Report of the Indian Hemp Drugs Commission, 1894-1895 - Volume VII
Year: 1894
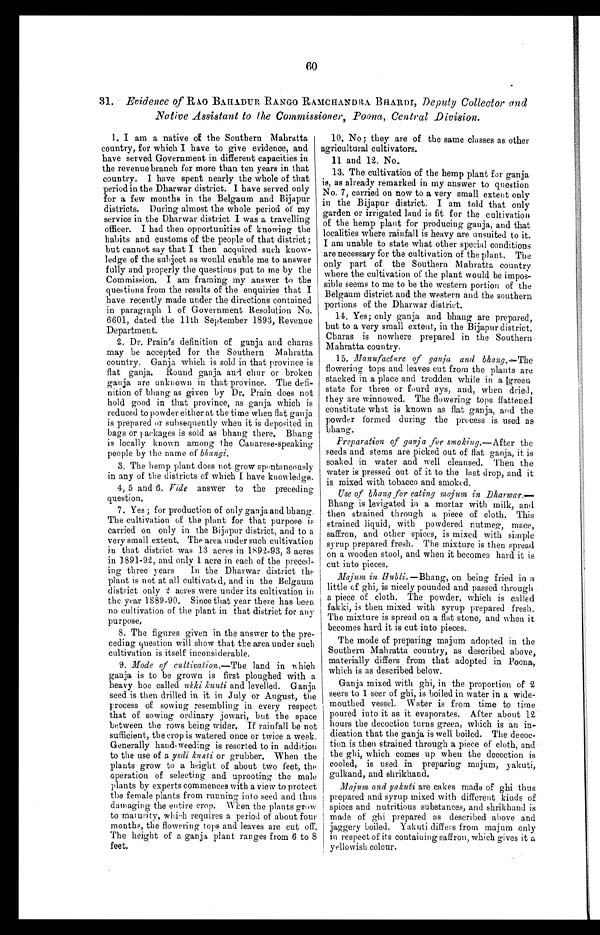
60
31. Evidence of RAO BAHADUR RANGO RAMCHANDRA BHARDI, Deputy Collector and
Native Assistant to the Commissioner, Poona, Central Division.
1. I am a native of the Southern Mahratta
country, for which I have to give evidence, and
have served Government in different capacities in
the revenue branch for more than ten years in that
country. I have spent nearly the whole of that
period in the Dharwar district. I have served only
for a few months in the Belgaum and Bijapur
districts. During almost the whole period of my
service in the Dharwar district I was a travelling
officer. I had then opportunities of knowing the
habits and customs of the people of that district;
but cannot say that I then acquired such know
-
ledge of the subject as would enable me to answer
fully and properly the questions put to me by the
Commission. I am framing my answer to the
questions from the results of the enquiries that I
have recently made under the directions contained
in paragraph 1 of Government Resolution No.
6601, dated the 11th September 1893, Revenue
Department.
2. Dr. Prain's definition of ganja and charas
may be accepted for the Southern Mahratta
country. Ganja which is sold in that province is
flat ganja. Round ganja and chur or broken
ganja are unknown in that province. The defi
-
nition of bhang as given by Dr. Prain does not
hold good in that province, as ganja which is
reduced to powder either at the time when flat ganja
is prepared or subsequently when it is deposited in
bags or packages is sold as bhang there. Bhang
is locally known among the Canarese-speaking
people by the name of bhangi.
3 . T h e h e m p p l a n t d o e s n o t g r o w s p o n t a n e o u s l y
in any of the districts of which I have knowledge.
4, 5 and 6. Vide answer to the preceding
question.
7. Yes; for production of only ganja and bhang.
The cultivation of the plant for that purpose is
carried on only in the Bijapur district, and to a
very small extent. The area under such cultivation
in that district was 13 acres in 1892-93, 3 acres
in 1891-92, and only 1 acre in each of the preced
-
ing three years In the Dharwar district the
plant is not at all cultivated, and in the Belgaum
district only 2 acres were under its cultivation in
the year 1889-90. Since that year there has been
no cultivation of the plant in that district for any
purpose.
8. The figures given in the answer to the pre
-
ceding question will show that the area under such
cultivation is itself inconsiderable.
9. Mode of cultivation .—The land in which
ganja is to be grown is first ploughed with a
heavy hoe called ukki kunti and levelled. Ganja
seed is then drilled in it in July or August, the
process of sowing resembling in every respect
that of sowing ordinary jowari, but the space
between the rows being wider. If rainfall be not
sufficient, the crop is watered once or twice a week
Generally hand-weeding is resorted to in addition
to the use of a yedi kunti or grubber. When the
plants grow to a height of about two feet, the
operation of selecting and uprooting the male
plants by experts commences with a view to protect
the female plants from running into seed and thus
damaging the entire crop. When the plants grow
to maturity, which requires a period of about foul
months, the flowering tops and leaves are cut off
The height of a ganja plant ranges from 6 to
feet.
10. No; they are of the same classes as other
agricultural cultivators.
11 and 12. No.
13. The cultivation of the hemp plant for ganja
is, as already remarked in my answer to question
No. 7, carried on now to a very small extent only
in the Bijapur district. I am told that only
garden or irrigated land is fit for the cultivation
of the hemp plant for producing ganja, and that
localities where rainfall is heavy are unsuited to it.
I am unable to state what other special conditions
are necessary for the cultivation of the plant. The
only part of the Southern Mahratta country
where the cultivation of the plant would be impos
-
sible seems to me to be the western portion of the
Belgaum district and the western and the southern
portions of the Dharwar district.
14. Yes; only ganja and bhang are prepared,
but to a very small extent, in the Bijapur district.
Charas is nowhere prepared in the Southern
Mahratta country.
15. Manufacture of ganja and bhang .—The
flowering tops and leaves cut from the plants are
stacked in a place and trodden while in a green
state for three or fourd ays, and, when dried,
they are winnowed. The flowering tops flattened
constitute what is known as flat ganja, and the
powder formed during the process is used as
bhang.
Preparation of ganja for smoking.— After the
seeds and stems are picked out of flat ganja, it is
soaked in water and well cleansed. Then the
water is pressed out of it to the last drop, and it
is mixed with tobacco and smoked.
Use of bhang for eating majum in Dharwar.—
Bhang is levigated in a mortar with milk, and
then strained through a piece of cloth. This
strained liquid, with powdered nutmeg, mace,
saffron, and other spices, is mixed with simple
syrup prepared fresh. The mixture is then spread
on a wooden stool, and when it becomes hard it is
cut into pieces.
Majum in Hubli.— Bhang , on being fried in a
little of ghi, is nicely pounded and passed through
a piece of cloth. The powder, which is called
fakki, is then mixed with syrup prepared fresh.
The mixture is spread on a flat stone, and when it
becomes hard it is cut into pieces.
The mode of preparing majum adopted in the
Southern Mahratta country, as described above,
materially differs from that adopted in Poona,
which is as described below.
Ganja mixed with ghi, in the proportion of 2
seers to 1 seer of ghi, is boiled in water in a wide-
mouthed vessel. Water is from time to time
poured into it as it evaporates. After about 12
hours the decoction turns green, which is an in
-
dication that the ganja is well boiled. The decoc
-
tion is then strained through a piece of cloth, and
the ghi, which comes up when the decoction is
cooled, is used in preparing majum, yakuti,
gulkand, and shrikhand.
Majum and yakuti are cakes made of ghi thus
prepared and syrup mixed with different kinds of
spices and nutritious substances, and shrikhand is
made of ghi prepared as described above and
jaggery boiled. Yakuti differs from majum only
in respect of its containing saffron, which gives it a
yellowish colour.